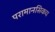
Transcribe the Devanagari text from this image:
परामानसिकय